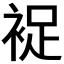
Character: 𧚖